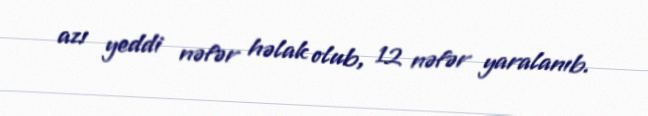
azı yeddi nəfər həlak olub, 12 nəfər yaralanıb.